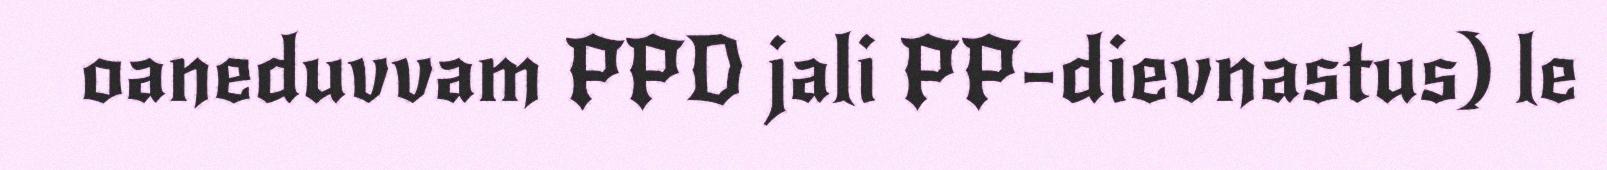
oaneduvvam PPD jali PP-dievnastus) le